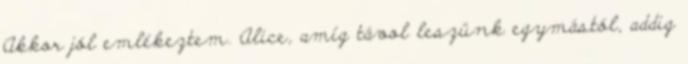
Akkor jól emlékeztem. Alice, amíg távol leszünk egymástól, addig